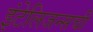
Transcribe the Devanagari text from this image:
इंटेलिजन्सची